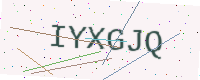
Text: IYXGJQ